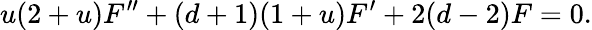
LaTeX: u(2+u)F^{\prime\prime}+(d+1)(1+u)F^{\prime}+2(d-2)F=0.